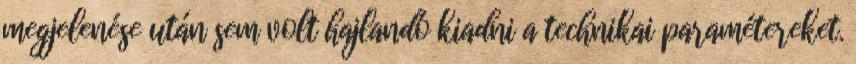
megjelenése után sem volt hajlandó kiadni a technikai paramétereket.